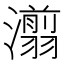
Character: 𰝨